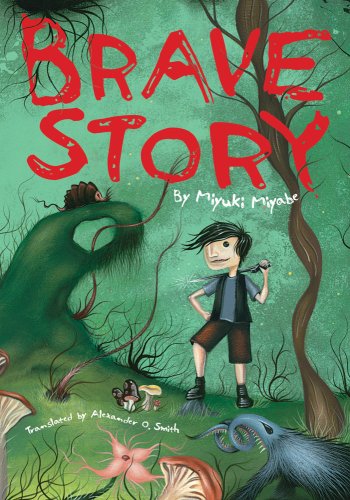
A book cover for Brave Story (Novel-Paperback); Miyuki Miyabe; Teen & Young Adult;